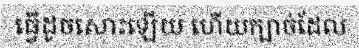
ធ្វើដូចសោះឡើយ ហើយក្បាច់ដែល